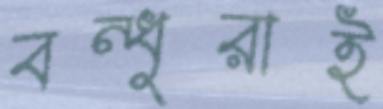
বন্ধুরাই